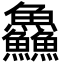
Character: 鱻